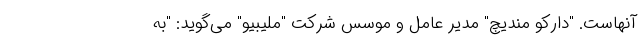
آنهاست. "دارکو مندیچ" مدیر عامل و موسس شرکت "ملیبیو" می‌گوید: "به